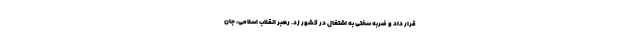
قرار داد و ضربه سختی به اشتغال در کشور زد. رهبر انقلاب اسلامی، جان